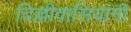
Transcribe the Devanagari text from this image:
दिल्लीवासियांनी